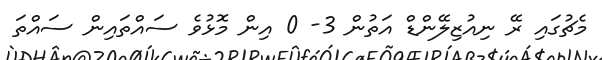
މެޗުގައި ރޭ ނިއުޒިލޭންޑް އަތުން 3- 0 އިން މޮޅުވެ ސައްތައިން ސައްތަ